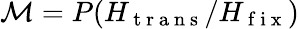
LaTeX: \mathcal{M}=P(H_{\mathrm{~t~r~a~n~s~}}/H_{\mathrm{~f~i~x~}})